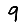
Digit: 9